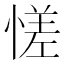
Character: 𫺳